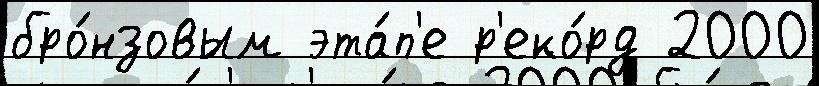
бро́нзовым эта́п'е р'еко́рд 2000